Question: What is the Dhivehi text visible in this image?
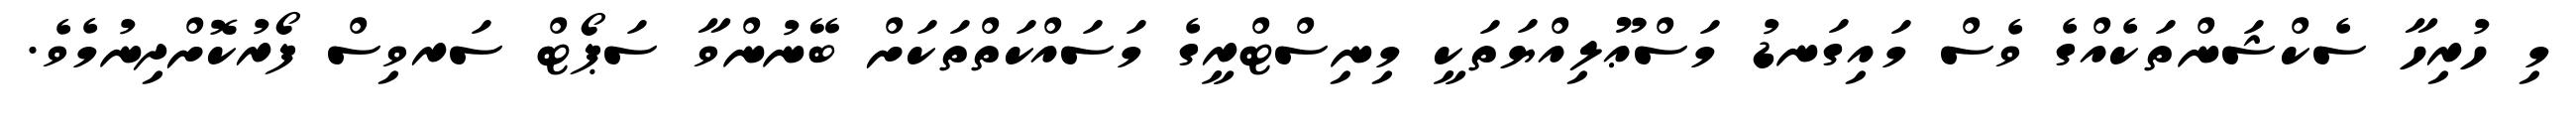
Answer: މި ހުރިހާ ސެކްޝަންތަކެއްގެ ވެސް މައިގަނޑު މަސްޢޫލިއްޔަތަކީ މިނިސްޓްރީގެ މަސައްކަތްތަކަށް ބޭނުންވާ ސަޕޯޓް ސަރވިސް ފޯރުކޮށްދިނުމެވެ.